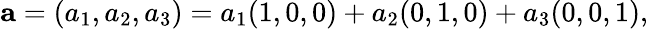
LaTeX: \mathbf{a}=(a_{1},a_{2},a_{3})=a_{1}(1,0,0)+a_{2}(0,1,0)+a_{3}(0,0,1),